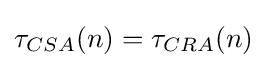
\tau _{CSA}(n)=\tau _{CRA}(n)